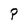
Character: P